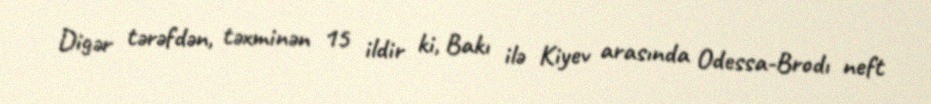
Digər tərəfdən, təxminən 15 ildir ki, Bakı ilə Kiyev arasında Odessa-Brodı neft